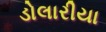
ડોલારીયા